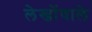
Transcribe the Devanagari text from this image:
लेखोंवाले